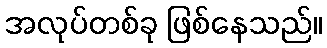
အလုပ်တစ်ခု ဖြစ်နေသည်။